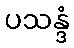
ပသန္ဒံ